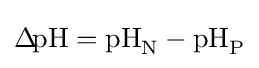
\Delta \!\mathrm {pH} =\mathrm {pH} _{\mathrm {N} }-\mathrm {pH} _{\mathrm {P} }